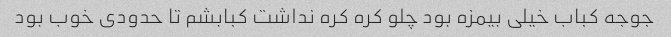
جوجه کباب خیلی بیمزه بود چلو کره کره نداشت کبابشم تا حدودی خوب بود